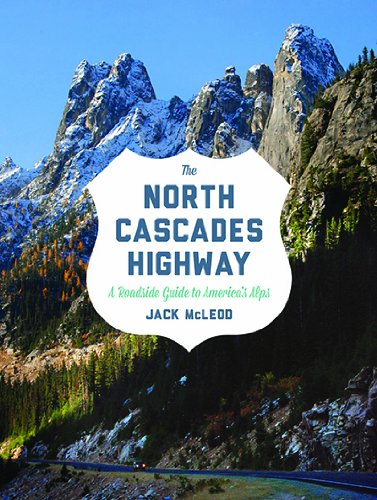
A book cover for The North Cascades Highway: A Roadside Guide; Jack McLeod; Travel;